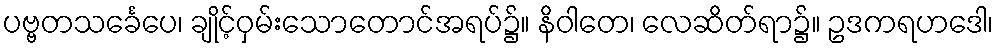
ပဗ္ဗတသင်္ခေပေ၊ ချိုင့်ဝှမ်းသောတောင်အရပ်၌။ နိဝါတေ၊ လေဆိတ်ရာ၌။ ဥဒကရဟဒေါ၊